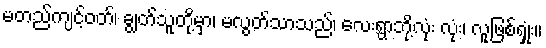
မတည်ကျင့်ဝတ်၊ ချွတ်သူတို့မှာ၊ မလွတ်သာသည်၊ လေးရွာဘို့လုံး လုံး၊ လူဖြစ်ရှုံး။